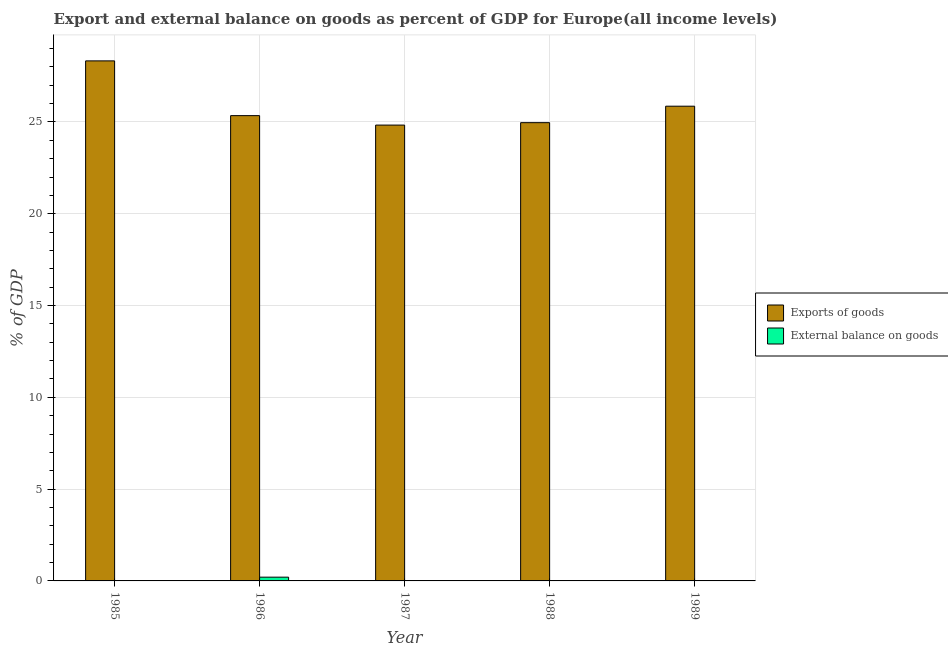
| Year | Exports of goods | External balance on goods |
 | --- | --- | --- |
 | 1985 | 28.3 | 0.00389 |
 | 1986 | 25.3 | 0.204 |
 | 1987 | 24.8 | -0.271 |
 | 1988 | 25 | -0.611 |
 | 1989 | 25.9 | -0.877 |